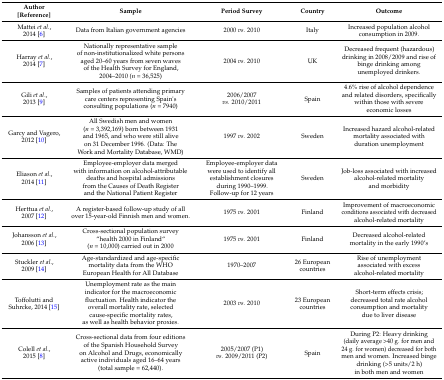
<table><thead><tr><td><b>Author [Reference]</b></td><td><b>Sample</b></td><td><b>Period Survey</b></td><td><b>Country</b></td><td><b>Outcome</b></td></tr></thead><tbody><tr><td>Mattei <i>et al.</i>, 2014 [6]</td><td>Data from Italian government agencies</td><td>2000 <i>vs.</i> 2010</td><td>Italy</td><td>Increased population alcohol consumption in 2009.</td></tr><tr><td>Harray <i>et al.</i>, 2014 [7] </td><td>Nationally representative sample of non-institutionalized white persons aged 20–60 years from seven waves of the Health Survey for England, 2004–2010 (<i>n</i> = 36,525)</td><td>2004 <i>vs.</i> 2010</td><td>UK</td><td>Decreased frequent (hazardous) drinking in 2008/2009 and rise of binge drinking among unemployed drinkers.</td></tr><tr><td>Gili <i>et al.</i>, 2013 [9] </td><td>Samples of patients attending primary care centers representing Spain&#x27;s consulting populations (<i>n</i> = 7940)</td><td>2006/2007 <i>vs.</i> 2010/2011 </td><td>Spain</td><td>4.6% rise of alcohol dependence and related disorders, specifically within those with severe economic losses</td></tr><tr><td>Garcy and Vagero, 2012 [10]</td><td>All Swedish men and women (<i>n</i> = 3,392,169) born between 1931 and 1965, and who were still alive on 31 December 1996. (Data: The Work and Mortality Database, WMD)</td><td>1997 <i>vs.</i> 2002</td><td>Sweden</td><td>Increased hazard alcohol-related mortality associated with duration unemployment</td></tr><tr><td>Eliason <i>et al.</i>, 2014 [11]</td><td>Employee-employer data merged with information on alcohol-attributable deaths and hospital admissions from the Causes of Death Register and the National Patient Register</td><td>Employee-employer data were used to identify all establishment closures during 1990–1999. Follow-up for 12 years</td><td>Sweden</td><td>Job-loss associated with increased alcohol-related mortality and morbidity</td></tr><tr><td>Herttua <i>et al.</i>, 2007 [12]</td><td>A register-based follow-up study of all over 15-year-old Finnish men and women.</td><td>1975 <i>vs.</i> 2001</td><td>Finland</td><td>Improvement of macroeconomic conditions associated with decreased alcohol-related mortality</td></tr><tr><td>Johansson <i>et al.</i>, 2006 [13]</td><td>Cross-sectional population survey “health 2000 in Finland“ (<i>n</i> = 10,000) carried out in 2000</td><td>1975 <i>vs.</i> 2001</td><td>Finland</td><td>Decreased alcohol-related mortality in the early 1990’s</td></tr><tr><td>Stuckler <i>et al.</i>, 2009 [14]</td><td>Age-standardized and age-specific mortality data from the WHO European Health for All Database</td><td>1970–2007</td><td>26 European countries</td><td>Rise of unemployment associated with excess alcohol-related mortality</td></tr><tr><td>Toffolutti and Suhrcke, 2014 [15]</td><td>Unemployment rate as the main indicator for the macroeconomic fluctuation. Health indicator the overall mortality rate, selected cause-specific mortality rates, as well as health behavior proxies.</td><td>2003 <i>vs.</i> 2010</td><td>23 European countries</td><td>Short-term effects crisis; decreased total rate alcohol consumption and mortality due to liver disease</td></tr><tr><td>Colell <i>et al.</i>, 2015 [8]</td><td>Cross-sectional data from four editions of the Spanish Household Survey on Alcohol and Drugs, economically active individuals aged 16–64 years (total sample = 62,440).</td><td>2005/2007 (P1) <i>vs.</i> 2009/2011 (P2)</td><td>Spain</td><td>During P2: Heavy drinking (daily average &gt;40 g. for men and 24 g. for women) decreased for both men and women. Increased binge drinking (&gt;5 units/2 h) in both men and women</td></tr></tbody></table>